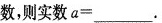
数，则实数$$a =___$$。